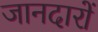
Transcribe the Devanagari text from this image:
जानदारों